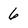
Character: 6